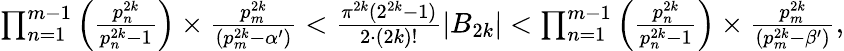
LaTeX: \begin{array}{r}{\prod_{n=1}^{m-1}\left(\frac{p_{n}^{2k}}{p_{n}^{2k}-1}\right)\times\frac{p_{m}^{2k}}{(p_{m}^{2k}-\alpha^{\prime})}<\frac{\pi^{2k}(2^{2k}-1)}{2\cdot(2k)!}\vert B_{2k}\vert<\prod_{n=1}^{m-1}\left(\frac{p_{n}^{2k}}{p_{n}^{2k}-1}\right)\times\frac{p_{m}^{2k}}{(p_{m}^{2k}-\beta^{\prime})},}\end{array}